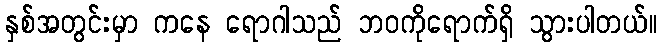
နှစ်အတွင်းမှာ ကနေ ရောဂါသည် ဘဝကိုရောက်ရှိ သွားပါတယ်။